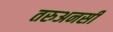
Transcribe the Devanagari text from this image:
तरुअनसी